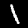
Digit: 1